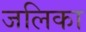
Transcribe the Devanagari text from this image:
जलिका